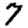
Digit: 7